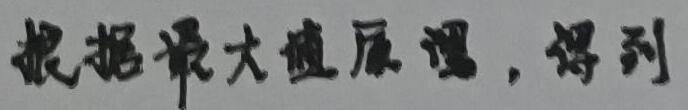
根据最大值原理，得到